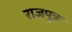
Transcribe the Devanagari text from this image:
राजपुत्रः